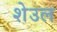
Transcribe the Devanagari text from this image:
शेउल